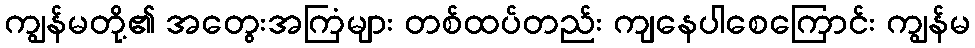
ကျွန်မတို့၏ အတွေးအကြံများ တစ်ထပ်တည်း ကျနေပါစေကြောင်း ကျွန်မ